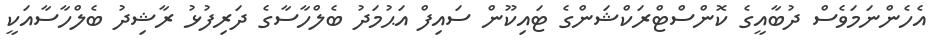
އެހެންނަމަވެސް ދުބާއީގެ ކޮންސްޓްރަކްޝަންގެ ޓައިކޫން ސައިފް އަޙުމަދު ބެލްހާސާގެ ދަރިފުޅު ރާޝިދު ބެލްހާސާއަކީ